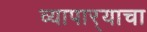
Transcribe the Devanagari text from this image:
व्यापार्‍याचा